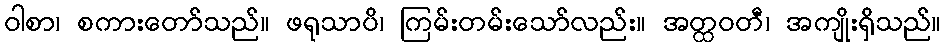
ဝါစာ၊ စကားတော်သည်။ ဖရုသာပိ၊ ကြမ်းတမ်းသော်လည်း။ အတ္ထဝတီ၊ အကျိုးရှိသည်။